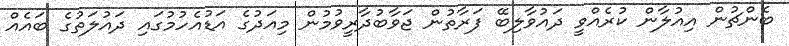
ބެންޗުން އިއުލާން ކުރެއްވީ ދައުވާލިބޭ ފަރާތުން ޖަވާބުދާރީވުމުން މިއަދުގެ އަޑުއެހުމުގައި ދައުލަތުގެ ބައެއް